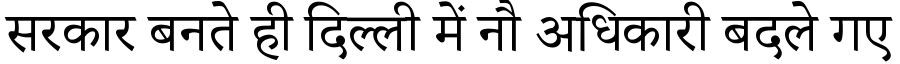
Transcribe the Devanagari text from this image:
सरकार बनते ही दिल्ली में नौ अधिकारी बदले गए